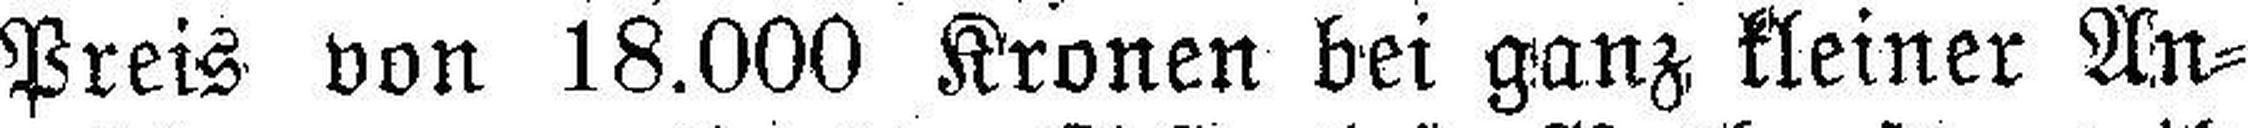
Preis von 18.000 Kronen bei ganz kleiner An¬